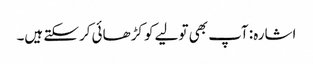
اشارہ: آپ بھی تولیے کو کڑھائی کرسکتے ہیں۔